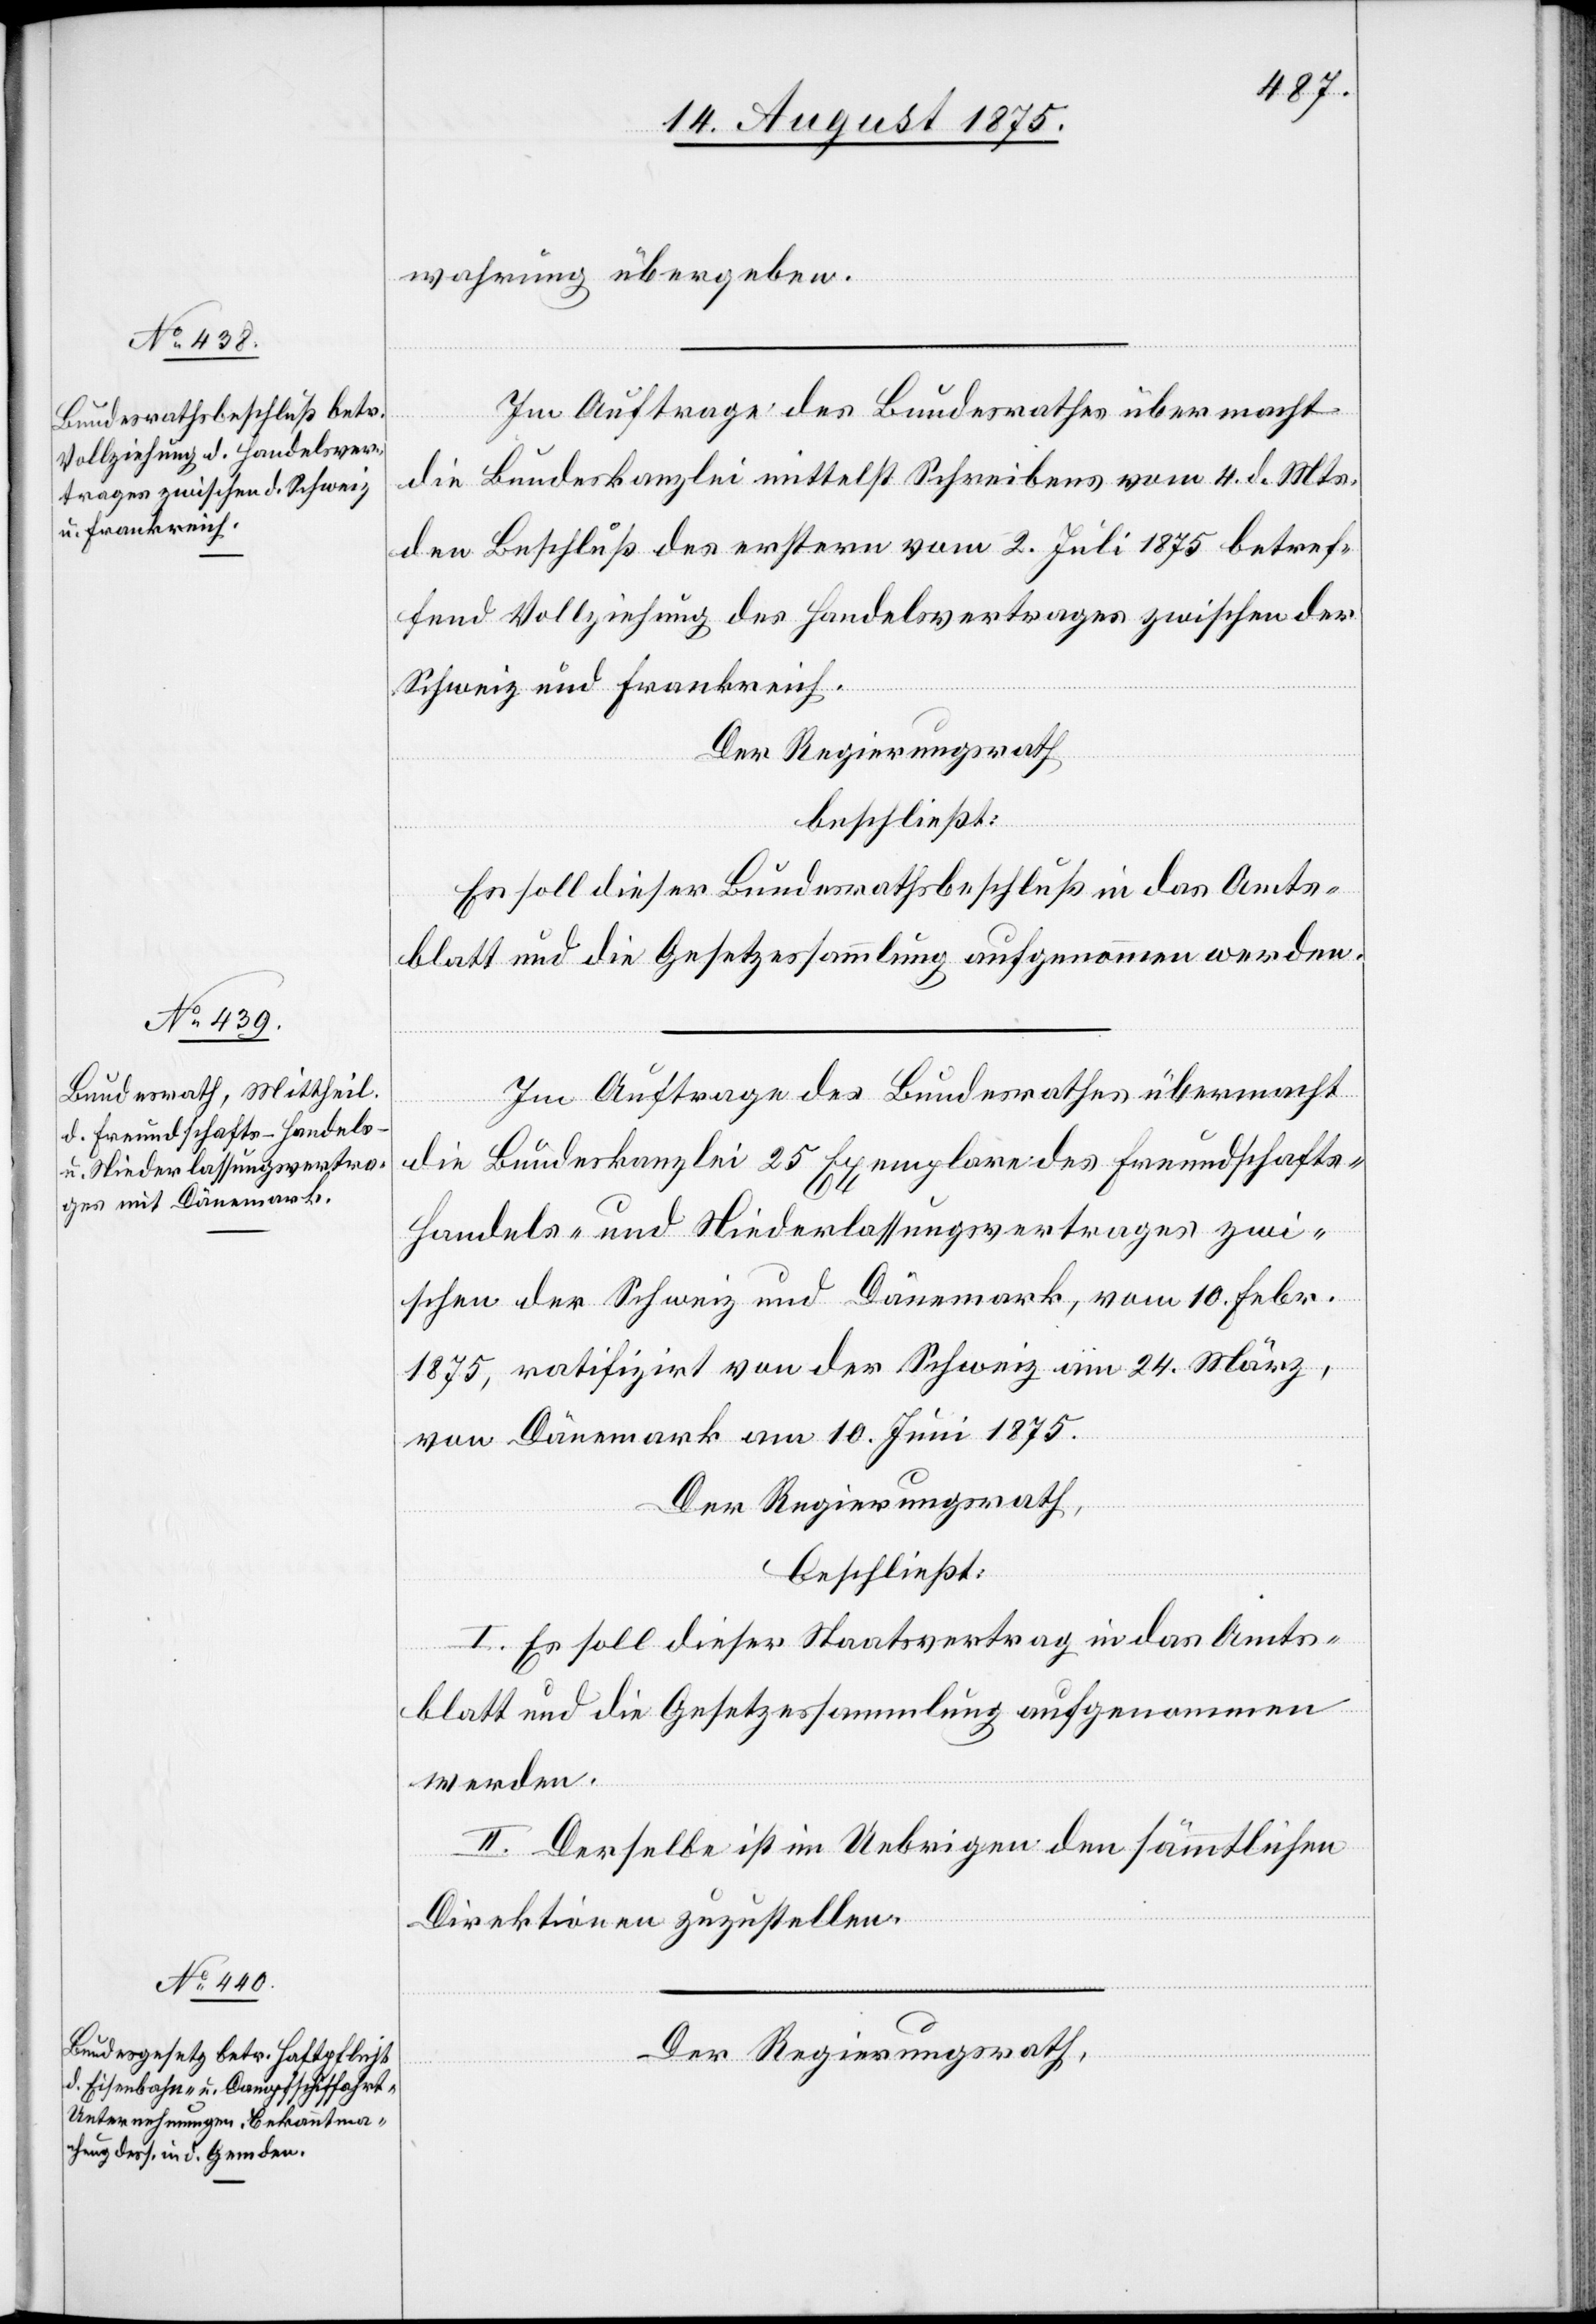
wahrung übergeben.
Im Auftrage des Bundesrathes übermacht
die Bundeskanzlei mittelst Schreibens vom 4. d. Mts.
den Beschluß des erstern vom 2. Juli 1875 betref¬
fend Vollziehung des Handelsvertrages zwischen der
Schweiz und Frankreich.
Der Regierungsrath
beschließt:
Es soll dieser Bundesrathsbeschluß in das Amts¬
blatt und die Gesetzessammlung aufgenommen werden.
Im Auftrage des Bundesrathes übermacht
die Bundeskanzlei 25 Exemplare des Freundschafts-
Handels- und Niederlassungsvertrages zwi¬
schen der Schweiz und Dänemark, vom 10. Febr.
1875 ratifizirt von der Schweiz am 24. März,
von Dänemark am 10. Juni 1875.
Der Regierungsrath,
beschließt:
I. Es soll dieser Staatsvertrag in das Amts¬
blatt und die Gesetzessammlung aufgenommen
werden.
II. Derselbe ist im Uebrigen den sämtlichen
Direktionen zuzustellen.
Der Regierungsrath,